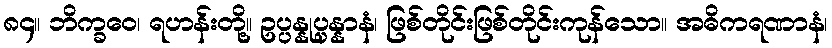
၈၄။ ဘိက္ခဝေ၊ ရဟန်းတို့။ ဥပ္ပန္နုပ္ပန္နာနံ၊ ဖြစ်တိုင်းဖြစ်တိုင်းကုန်သော။ အဓိကရဏာနံ၊